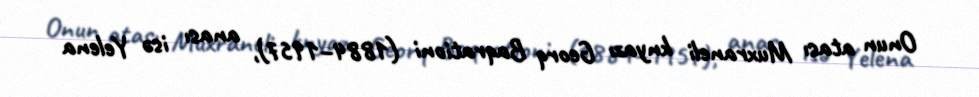
Onun atası Muxraneli knyazı Georq Baqrationi (1884–1957), anası isə Yelena